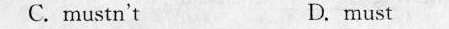
C.mustn't D. must